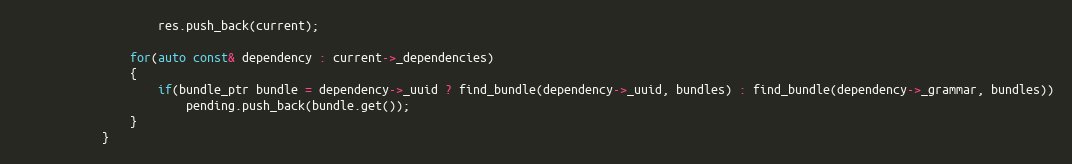
Language: C++
					res.push_back(current);

				for(auto const& dependency : current->_dependencies)
				{
					if(bundle_ptr bundle = dependency->_uuid ? find_bundle(dependency->_uuid, bundles) : find_bundle(dependency->_grammar, bundles))
						pending.push_back(bundle.get());
				}
			}